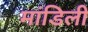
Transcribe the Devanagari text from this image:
मांडिली